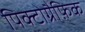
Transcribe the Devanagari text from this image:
पिक्टोग्रैफ़िक